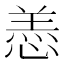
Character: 𫺵